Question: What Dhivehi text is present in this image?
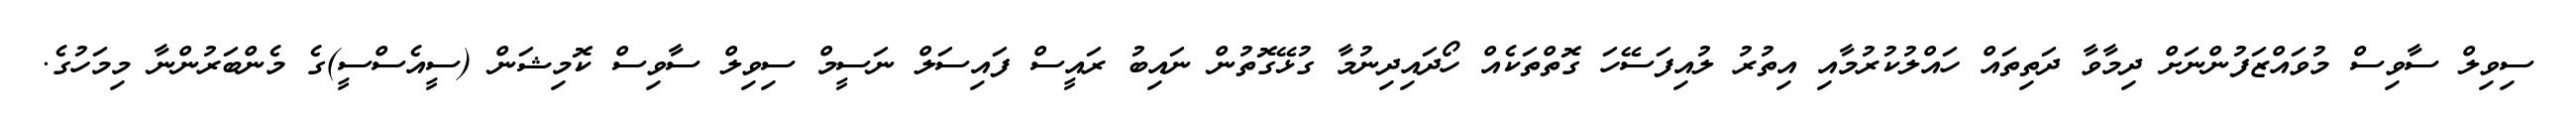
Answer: ސިވިލް ސާވިސް މުވައްޒަފުންނަށް ދިމާވާ ދަތިތައް ހައްލުކުރުމާއި އިތުރު ލުއިފަސޭހަ ގޮތްތަކެއް ހޯދައިދިނުމާ ގުޅޭގޮތުން ނައިބު ރައީސް ފައިސަލް ނަސީމް ސިވިލް ސާވިސް ކޮމިޝަން (ސީއެސްސީ)ގެ މެންބަރުންނާ މިމަހުގެ.